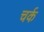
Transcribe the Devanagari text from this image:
चर्क